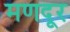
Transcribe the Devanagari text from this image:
मणदूर